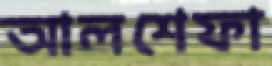
আলশেফা